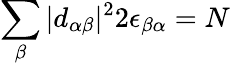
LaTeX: \sum_{\beta}|d_{\alpha\beta}|^{2}2\epsilon_{\beta\alpha}=N